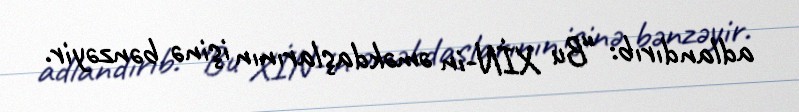
adlandırıb: “Bu XİN-in əməkdaşlarının işinə bənzəyir.